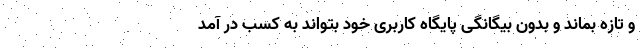
و تازه بماند و بدون بیگانگی پایگاه کاربری خود بتواند به کسب در آمد